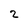
Character: 2